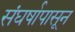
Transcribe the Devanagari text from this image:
संघर्षापासून